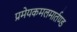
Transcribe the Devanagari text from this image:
प्रमेयकमलमार्तण्ड